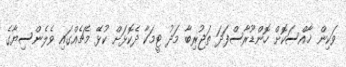
ވަކިން ޚާއްސަކޮށް ހޮންޑޫރާސްފަދަ ތަޖުރިބާ މަދު ޓީމަކާ ދެކޮޅަށް ކުޅޭ މެޗެއްގައި ވެލެންސިޔާގެ